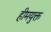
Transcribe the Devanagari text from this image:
हीमयुक्त